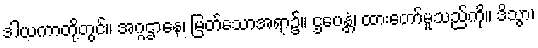
ဒါယကာတို့တွင်။ အဂ္ဂဌာနေ၊ မြတ်သောအရာ၌။ ဌပေန္တံ၊ ထားတော်မူသည်ကို။ ဒိသွာ၊